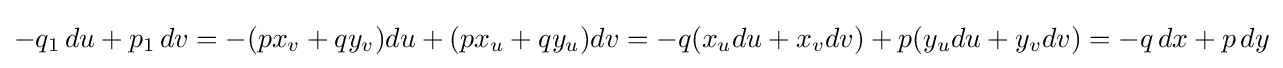
-q_{1}\,du+p_{1}\,dv=-(px_{v}+qy_{v})du+(px_{u}+qy_{u})dv=-q(x_{u}du+x_{v}dv)+p(y_{u}du+y_{v}dv)=-q\,dx+p\,dy